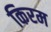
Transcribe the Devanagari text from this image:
किरम